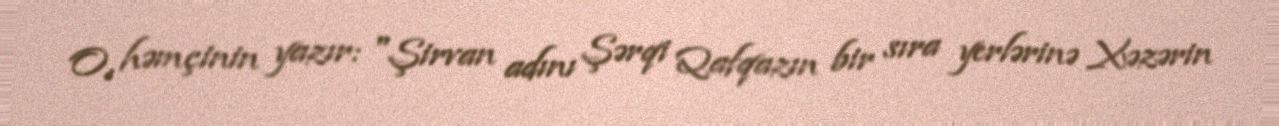
O, həmçinin yazır: "Şirvan adını Şərqi Qafqazın bir sıra yerlərinə Xəzərin